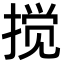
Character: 搅